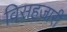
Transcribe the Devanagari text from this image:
विसहजारी